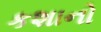
કશાનો